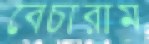
বেচারাম